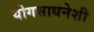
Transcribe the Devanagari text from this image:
योगसाधनेशी